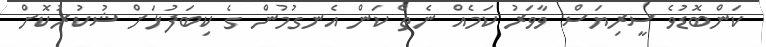
ކަންބޮޑުވެ ސީރިޔަސް ވާވަރު ކަމެއް ނެތް ކަން އެނގުމުން ގެ ކިބަފުޅަށް ޝުކުރުކޮށް